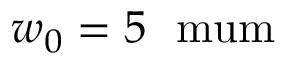
w _ { 0 } = 5 \ \mathrm { \ m u m }